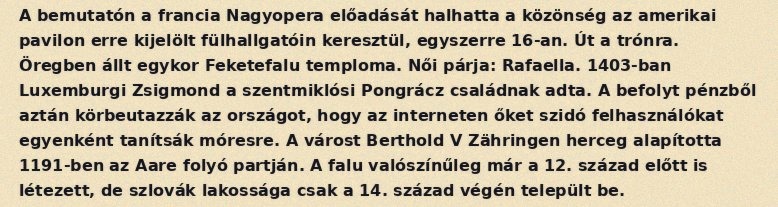
A bemutatón a francia Nagyopera előadását halhatta a közönség az amerikai pavilon erre kijelölt fülhallgatóin keresztül, egyszerre 16-an. Út a trónra. Öregben állt egykor Feketefalu temploma. Női párja: Rafaella. 1403-ban Luxemburgi Zsigmond a szentmiklósi Pongrácz családnak adta. A befolyt pénzből aztán körbeutazzák az országot, hogy az interneten őket szidó felhasználókat egyenként tanítsák móresre. A várost Berthold V Zähringen herceg alapította 1191-ben az Aare folyó partján. A falu valószínűleg már a 12. század előtt is létezett, de szlovák lakossága csak a 14. század végén települt be.